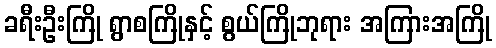
ခရီးဦးကြို ရွာစကြိုနှင့် စွယ်ကြိုဘုရား အကြားအကြို